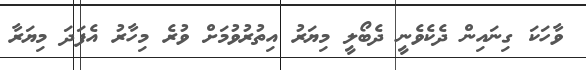
ވާހަކަ ގިނައިން ދެކެވެނީ ދެބޯލީ މިޔަރު އިތުރުވުމަށް ވުރެ މިހާރު އެފަދަ މިޔަރާ